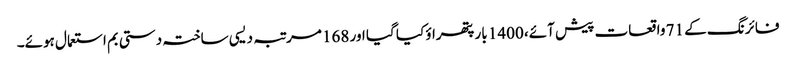
فائرنگ کے 71 واقعات پیش آئے، 1400 بار پتھراؤ کیا گیا اور 168 مرتبہ دیسی ساختہ دستی بم استعمال ہوئے۔